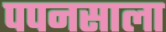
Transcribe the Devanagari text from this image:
पपनसाला